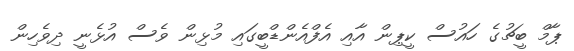
ޕާމް ބީޗުގެ ހައުސް ކީޕިން އާއި އެފްއެންޑްބީގައި މުޅިން ވެސް އުޅެނީ ދިވެހިން